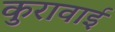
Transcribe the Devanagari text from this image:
कुरावाई